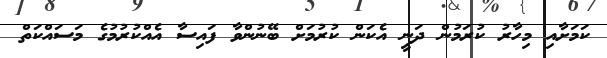
ކަމަށާއި މިހާރު ކުރަމުން ދަނީ އެކަން ކުރުމަށް ބޭނުންވާ ފައިސާ އެއްކުރުމުގެ މަސައްކަތް